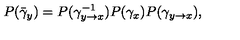
P ( \bar { \gamma } _ { y } ) = P ( \gamma _ { y \rightarrow x } ^ { - 1 } ) P ( \gamma _ { x } ) P ( \gamma _ { y \rightarrow x } ) ,